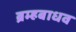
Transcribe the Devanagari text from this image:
ब्रम्हबाधव